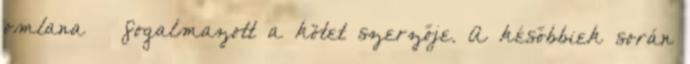
omlana – fogalmazott a kötet szerzője. A későbbiek során